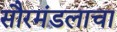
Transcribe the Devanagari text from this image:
सौरमंडलाचा